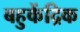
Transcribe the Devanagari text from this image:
बहुकेंद्रिक